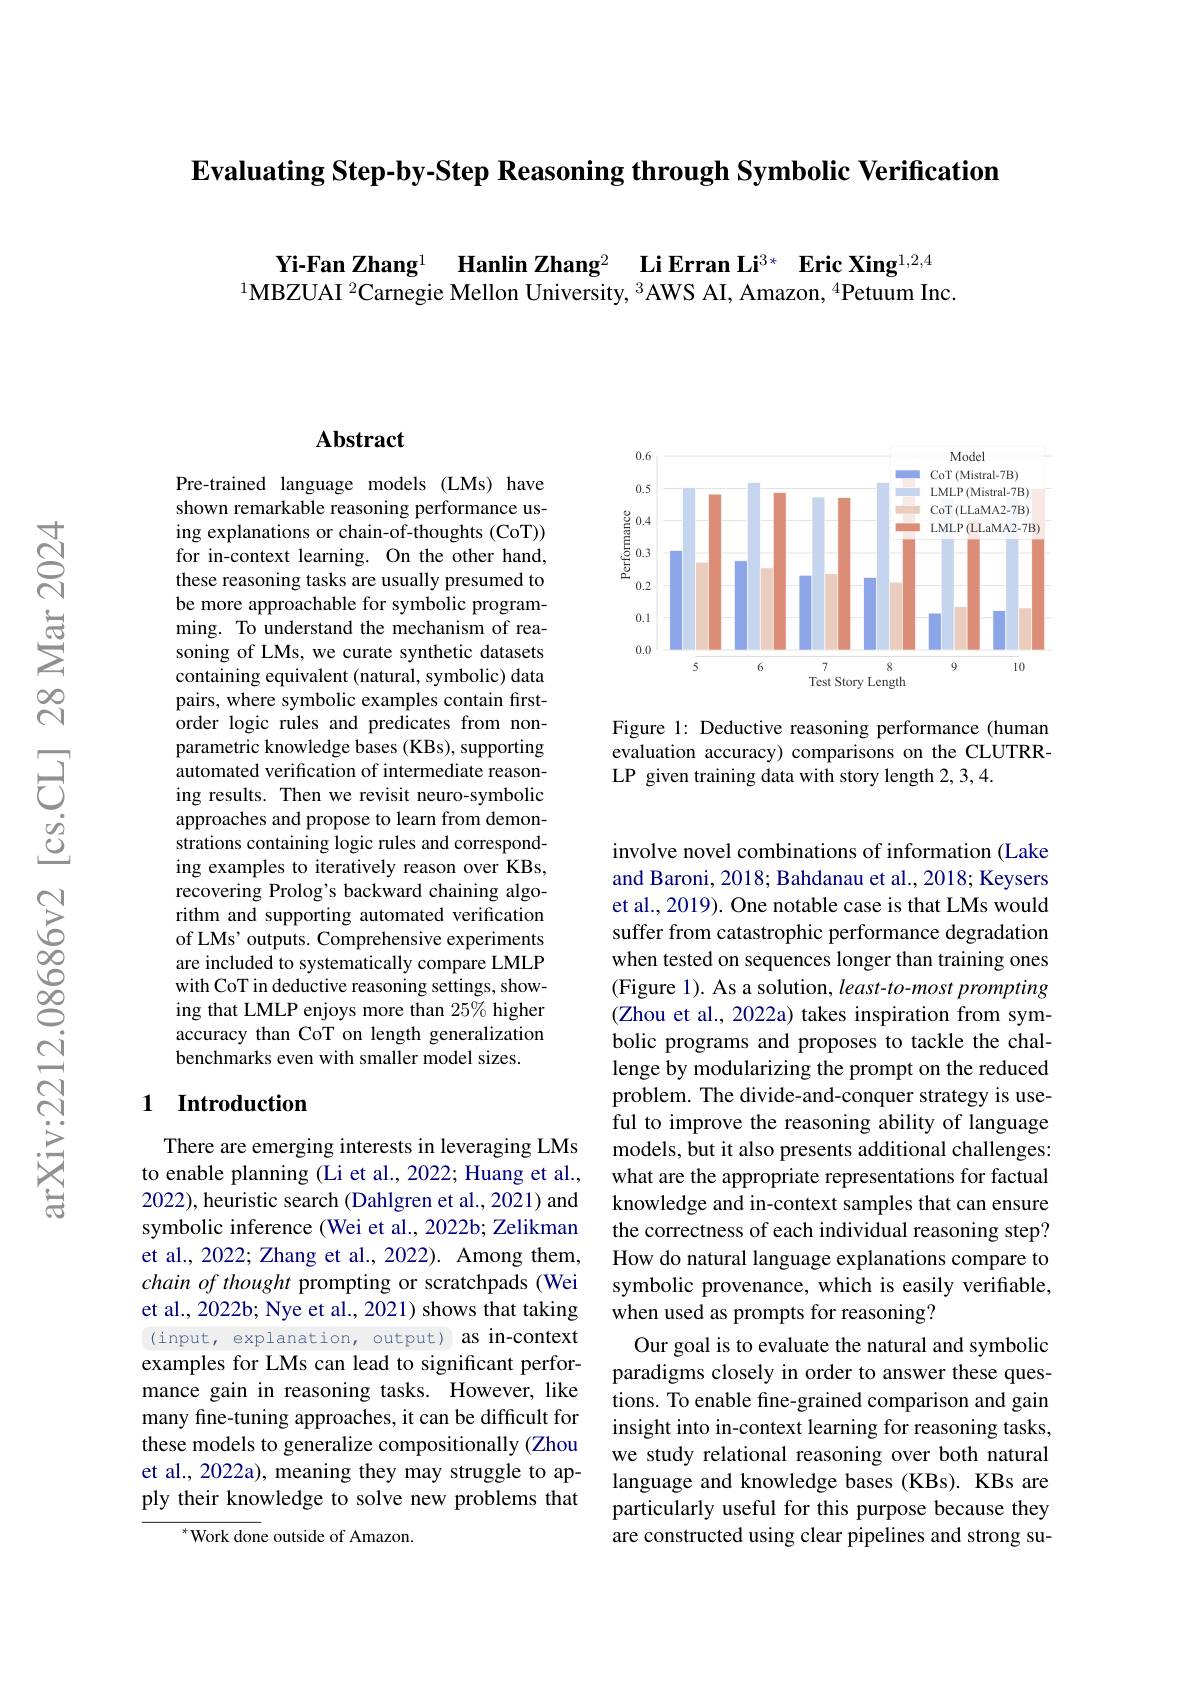
$\textbf{Evaluating Step- by- Step Reasoning through Symbolic Verification}$

Yi-Fan Zhang$^{1}$ Hanlin Zhang$^2$ Li Erran Li$^{3*}\textbf{ Eric Xing}^{1,2,4}$ $^{1}\bar{\textbf{MBZUAI }^2\text{Carnegie Mellon University, }^3\text{AWS AI, Amazon, }^4\text{Petuum Inc}}.$

## $\mathbf{Abstract}$

Pre-trained language models (LMs) have shown remarkable reasoning performance using explanations or chain-of-thoughts (CoT)) for in-context learning. On the other hand, these reasoning tasks are usually presumed to be more approachable for symbolic programming. To understand the mechanism of reasoning of LMs, we curate synthetic datasets containing equivalent (natural, symbolic) data pairs, where symbolic examples contain firstorder logic rules and predicates from nonparametric knowledge bases (KBs), supporting automated verification of intermediate reasoning results. Then we revisit neuro-symbolic approaches and propose to learn from demonstrations containing logic rules and corresponding examples to iteratively reason over KBs, recovering Prolog's backward chaining algorithm and supporting automated verification of LMs' outputs. Comprehensive experiments are included to systematically compare LMLP with CoT in deductive reasoning settings, showing that LMLP enjoys more than 25% higher accuracy than CoT on length generalization benchmarks even with smaller model sizes.

### 1 Introduction

There are emerging interests in leveraging LMs to enable planning (Li et al., 2022; Huang et al., 2022), heuristic search (Dahlgren et al., 2021) and symbolic inference (Wei et al., 2022b; Zelikman et al., 2022; Zhang et al., 2022). Among them, chain of thought prompting or scratchpads (Wei et al., 2022b; Nye et al., 2021) shows that taking (input, explanation, output) as in-context examples for LMs can lead to significant performance gain in reasoning tasks. However, like many fine-tuning approaches, it can be difficult for these models to generalize compositionally (Zhou et al., 2022a), meaning they may struggle to apply their knowledge to solve new problems that
$^{*}$Work done outside of Amazon.

<FigureHere>

Figure 1: Deductive reasoning performance (human evaluation accuracy) comparisons on the CLUTRRLP given training data with story length 2,3,4.

involve novel combinations of information (Lake and Baroni, 2018; Bahdanau et al., 2018; Keysers et al., 2019). One notable case is that LMs would suffer from catastrophic performance degradation when tested on sequences longer than training ones (Figure 1). As a solution, least-to-most prompting (Zhou et al., 2022a) takes inspiration from symbolic programs and proposes to tackle the challenge by modularizing the prompt on the reduced problem. The divide-and-conquer strategy is useful to improve the reasoning ability of language models, but it also presents additional challenges: what are the appropriate representations for factual knowledge and in-context samples that can ensure the correctness of each individual reasoning step? How do natural language explanations compare to symbolic provenance, which is easily verifiable, when used as prompts for reasoning?
Our goal is to evaluate the natural and symbolic paradigms closely in order to answer these questions. To enable fine-grained comparison and gain insight into in-context learning for reasoning tasks, we study relational reasoning over both natural language and knowledge bases (KBs). KBs are particularly useful for this purpose because they are constructed using clear pipelines and strong su-